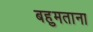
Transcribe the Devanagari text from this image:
बहुमताना